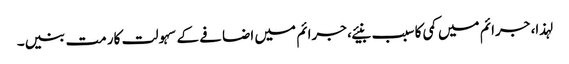
لہذا، جرائم میں کمی کا سبب بنیئے، جرائم میں اضافے کے سہولت کار مت بنیں۔